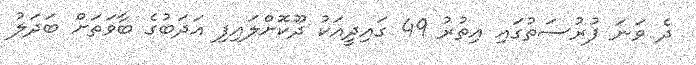
ދެ ވަނަ ފުރުސަތުގައި އިތުރު 49 ގައިދީއަކު ދޫކޮށްލައިފި އަދަބުގެ ބާވަތަށް ބަދަލު